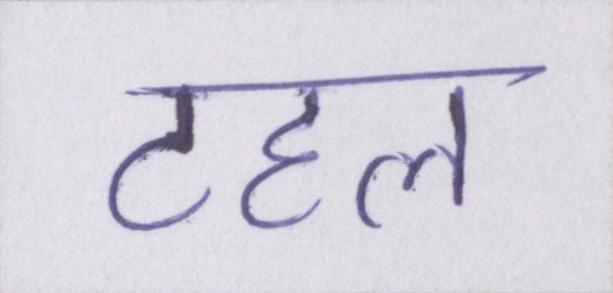
टहल